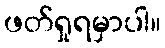
ဖတ်ရှုရမှာပါ။